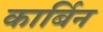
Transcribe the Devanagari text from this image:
कार्बिन